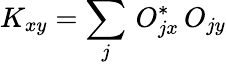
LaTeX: K_{xy}=\sum_{j}\, O_{jx}^{*}\, O_{jy}